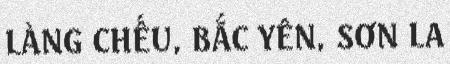
LÀNG CHẾU, BẮC YÊN, SƠN LA